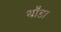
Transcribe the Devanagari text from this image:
थौडा